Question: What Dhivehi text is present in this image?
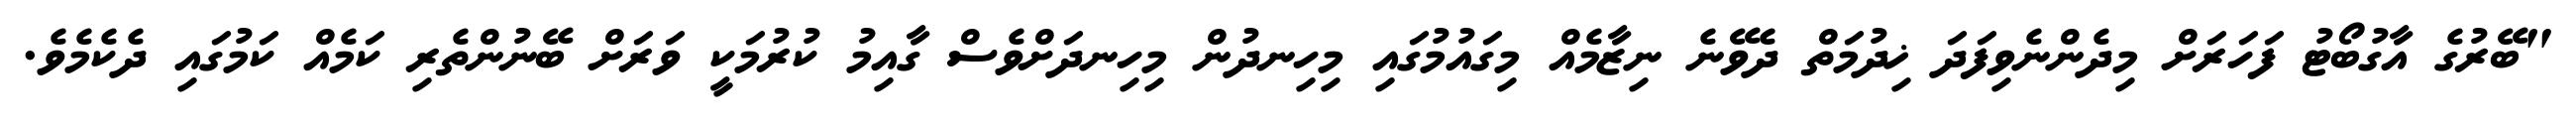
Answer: "ބޭރުގެ އާގުބޯޓު ފަހަރަށް މިދެންނެވިފަދަ ޚިދުމަތް ދެވޭނެ ނިޒާމެއް މިގައުމުގައި މިހިނދުން މިހިނދަށްވެސް ގާއިމު ކުރުމަކީ ވަރަށް ބޭނުންތެރި ކަމެއް ކަމުގައި ދެކެމެވެ.